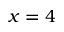
x = 4